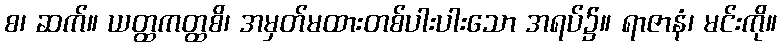
စ၊ ဆက်။ ယတ္ထကတ္ထစိ၊ အမှတ်မထားတစ်ပါးပါးသော အရပ်၌။ ရာဇာနံ၊ မင်းကို။